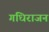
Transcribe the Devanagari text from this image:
गंधिराजन